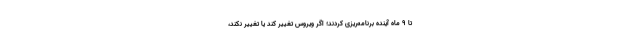
تا ۹ ماه آینده برنامه‌ریزی کردند؛ اگر ویروس تغییر کند یا تغییر نکند،